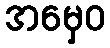
အမှေဝ